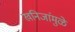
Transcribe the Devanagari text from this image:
खनिजांमुळे